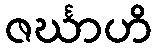
ဇင်္ဃာဟိ